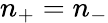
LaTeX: n_{+}=n_{-}